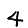
Digit: 4